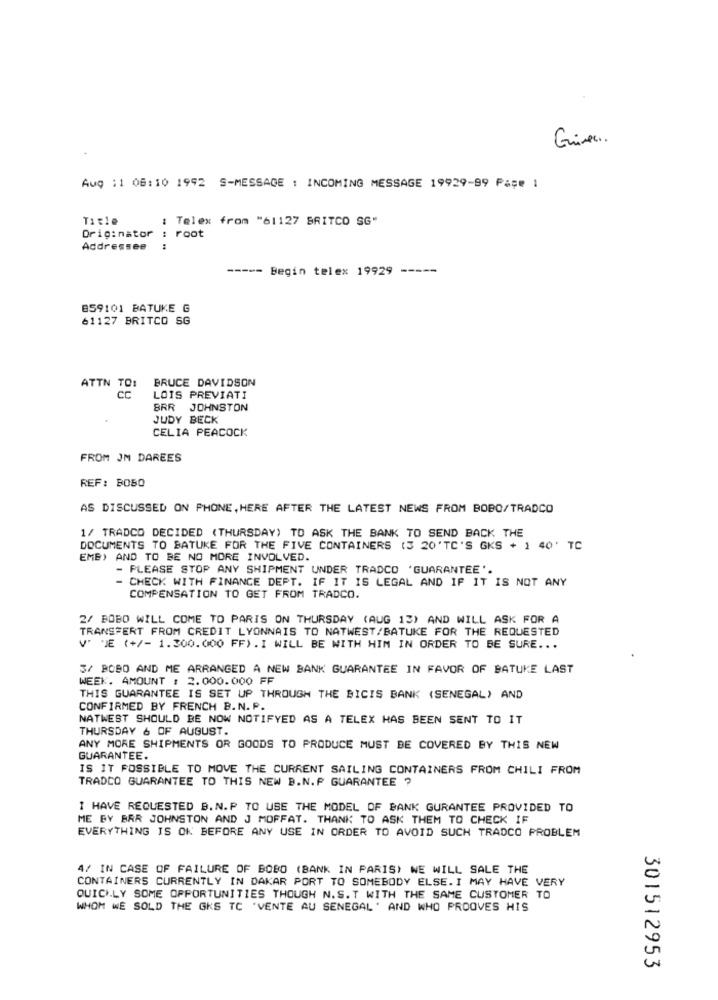
Giver.
Aug : 1 08:10 1992 S-MESSAGE : INCOMING MESSAGE 19929-99 Page 1
Title
: Telex from "61127 BRITCO SG"
Originator
root
Addressee
-----
Begin telex 19929 -----
859101 BATUKE G
61127 BRITCO SG
BRUCE DAVIDSON
ATTN TO:
cc
LOIS PREVIATI
BRR JOHNSTON
JUDY BECK
CELIA PEACOCK
FROM JM DAREES
REF: BOBO
AS DISCUSSED ON PHONE, HERE AFTER THE LATEST NEWS FROM BOBO/TRADCO
1/ TRADCO DECIDED (THURSDAY) TO ASK THE BANK TO SEND BACK THE
DOCUMENTS TO BATUKE FOR THE FIVE CONTAINERS (3 20'TC'S GKS + 1 40' TC
EMB) AND TO BE NO MORE INVOLVED.
- PLEASE STOP ANY SHIPMENT UNDER TRADCO 'GUARANTEE'.
- CHECK WITH FINANCE DEPT. IF IT IS LEGAL AND IF IT IS NOT ANY
COMPENSATION TO GET FROM TRADCO.
2/ BOBO WILL COME TO PARIS ON THURSDAY (AUG 13) AND WILL ASK FOR A
TRANSFERT FROM CREDIT LYONNAIS TO NATWEST/BATUKE FOR THE REQUESTED
V' JE (+/- 1.300.000 FF).I WILL BE WITH HIM IN ORDER TO BE SURE ...
S/ BOBO AND ME ARRANGED A NEW BANK GUARANTEE IN FAVOR OF BATUKE LAST
WEEK. AMOUNT : 2.000.000 FF
THIS GUARANTEE IS SET UP THROUGH THE BICIS BANK (SENEGAL) AND
CONFIRMED BY FRENCH B.N. P.
NATWEST SHOULD BE NOW NOTIFYED AS A TELEX HAS BEEN SENT TO IT
THURSDAY & OF AUGUST.
ANY MORE SHIPMENTS OR GOODS TO PRODUCE MUST BE COVERED BY THIS NEW
GUARANTEE.
IS IT POSSIBLE TO MOVE THE CURRENT SAILING CONTAINERS FROM CHILI FROM
TRADCO GUARANTEE TO THIS NEW B.N.P GUARANTEE ?
I HAVE REQUESTED B. N.P TO USE THE MODEL OF BANK GURANTEE PROVIDED TO
ME BY BAR JOHNSTON AND J MOFFAT. THANK TO ASK THEM TO CHECK IF
EVERYTHING IS OK BEFORE ANY USE IN ORDER TO AVOID SUCH TRADCO PROBLEM
4/ IN CASE OF FAILURE OF BOBO (BANK IN PARIS) WE WILL SALE THE
CONTAINERS CURRENTLY IN DAKAR PORT TO SOMEBODY ELSE. I MAY HAVE VERY
QUICKLY SOME OPPORTUNITIES THOUGH N.S.T WITH THE SAME CUSTOMER TO
WHOM WE SOLD THE GKS TC 'VENTE AU SENEGAL' AND WHO PROOVES HIS
301512953